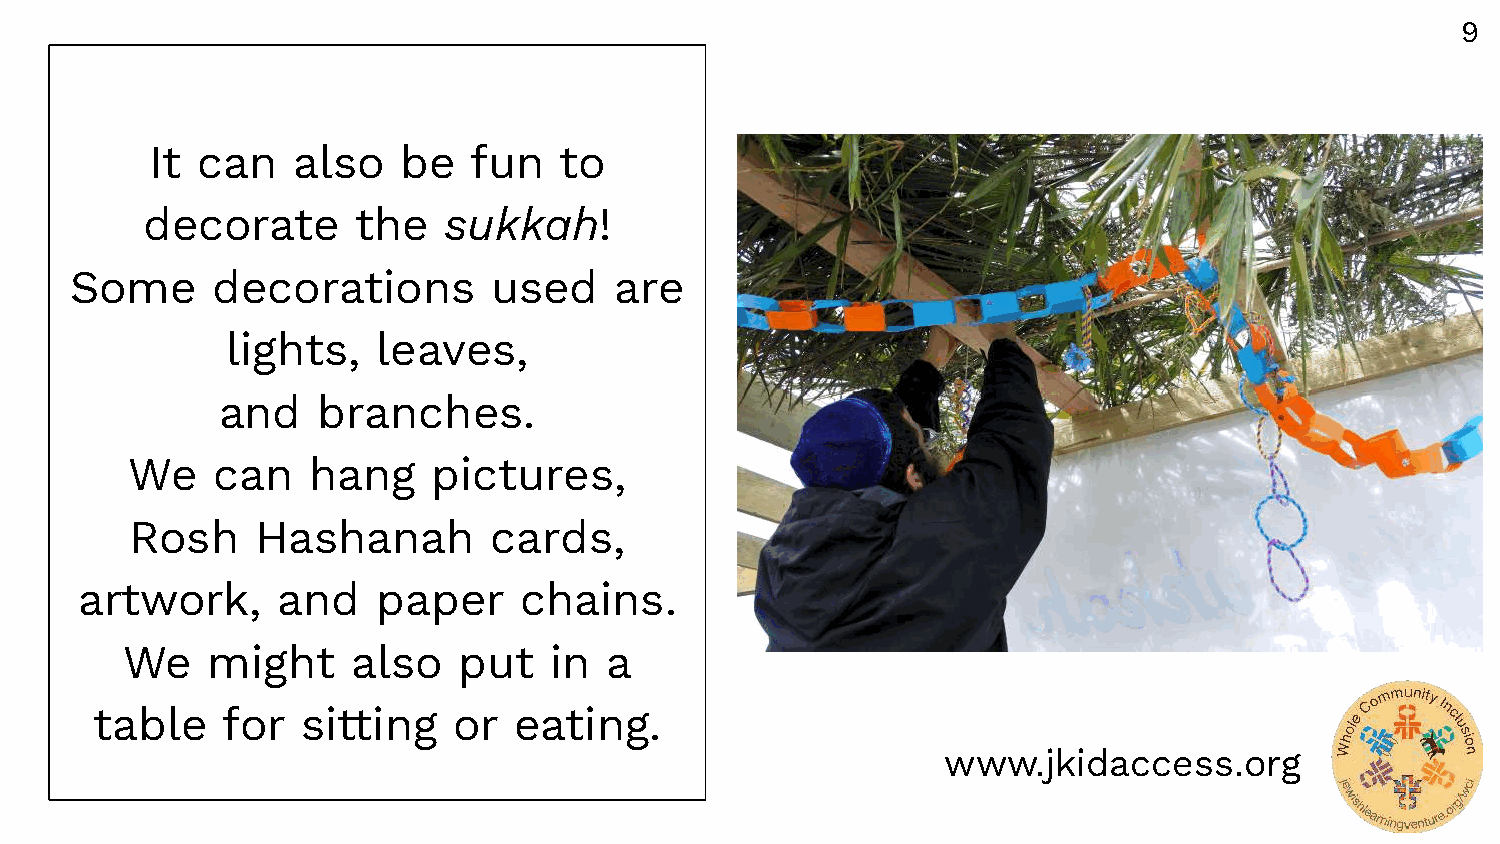
9
 It can   also   be   fun   to
 decorate      the   sukkah!
 Some     decorations        used    are
 lights,   leaves,
 and    branches.
 We   can   hang     pictures,
 Rosh    Hashanah       cards,
 artwork,     and    paper    chains.
 We    might    also   put   in  a
 table    for  sitting   or  eating.
 www.jkidaccess.org